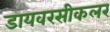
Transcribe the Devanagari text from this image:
डायवरसीकलर